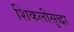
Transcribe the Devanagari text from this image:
शिकलीसुद्धा